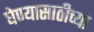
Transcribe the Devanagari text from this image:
घेण्यासाठीच्या